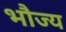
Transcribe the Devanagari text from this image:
भौज्य